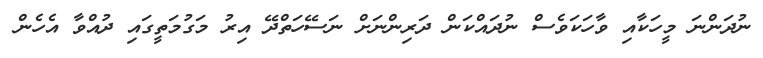
ނުދަންނަ މީހަކާއި ވާހަކަވެސް ނުދައްކަން ދަރިންނަށް ނަސޭހަތްދޭ އިރު މަގުމަތީގައި ދުއްވާ އެހެން